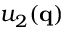
u _ { 2 } ( \mathbf { q } )